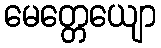
မေတ္တေယျော